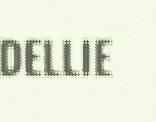
DELLIE